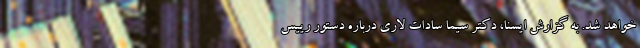
خواهد شد. به گزارش ایسنا، دکتر سیما سادات لاری درباره دستور رییس